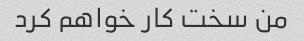
من سخت کار خواهم کرد